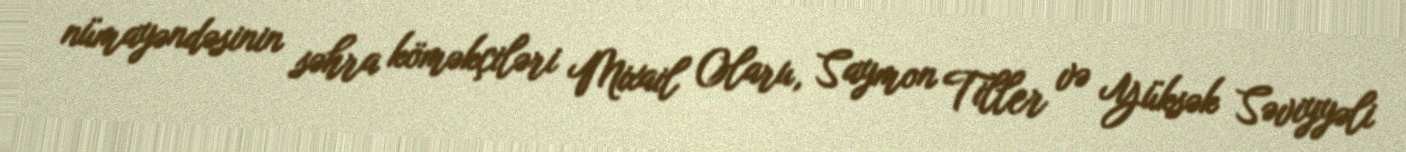
nümayəndəsinin səhra köməkçiləri Mixail Olaru, Saymon Tiller və Yüksək Səviyyəli